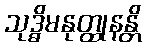
သုဒ္ဓိမနုတ္ထုနန္တိ